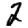
Digit: 2